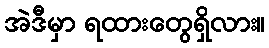
အဲဒီမှာ ရထားတွေရှိလား။